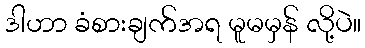
ဒါဟာ ခံစားချက်အရ မူမမှန် လို့ပဲ။